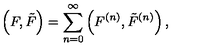
\left( F , { \tilde { F } } \right) = \sum _ { n = 0 } ^ { \infty } \left( F ^ { ( n ) } , { \tilde { F } } ^ { ( n ) } \right) ,